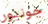
جونيور